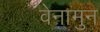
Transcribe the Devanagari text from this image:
वेनामुन